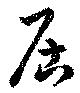
居